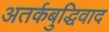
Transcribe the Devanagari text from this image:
अतर्कबुद्धिवाद